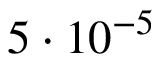
5 \cdot 1 0 ^ { - 5 } \